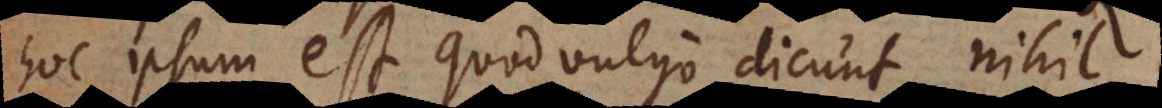
hoc ipsum est quod vulgo dicunt, nihil